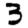
Digit: 3